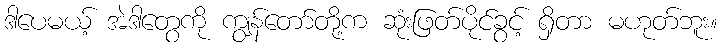
ဒါပေမယ့် အဲဒါတွေကို ကျွန်တော်တို့က ဆုံးဖြတ်ပိုင်ခွင့် ရှိတာ မဟုတ်ဘူး။